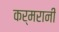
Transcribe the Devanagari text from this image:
कर्मरानी